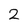
Character: 2